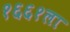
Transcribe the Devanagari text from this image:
१६६१ला